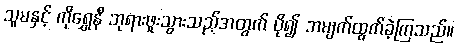
သူမနှင့် ကိုရွှေနီ ဘုရားဖူးသွားသည့်အတွက် ပို၍ အမျက်ထွက်ခဲ့ကြသည်။